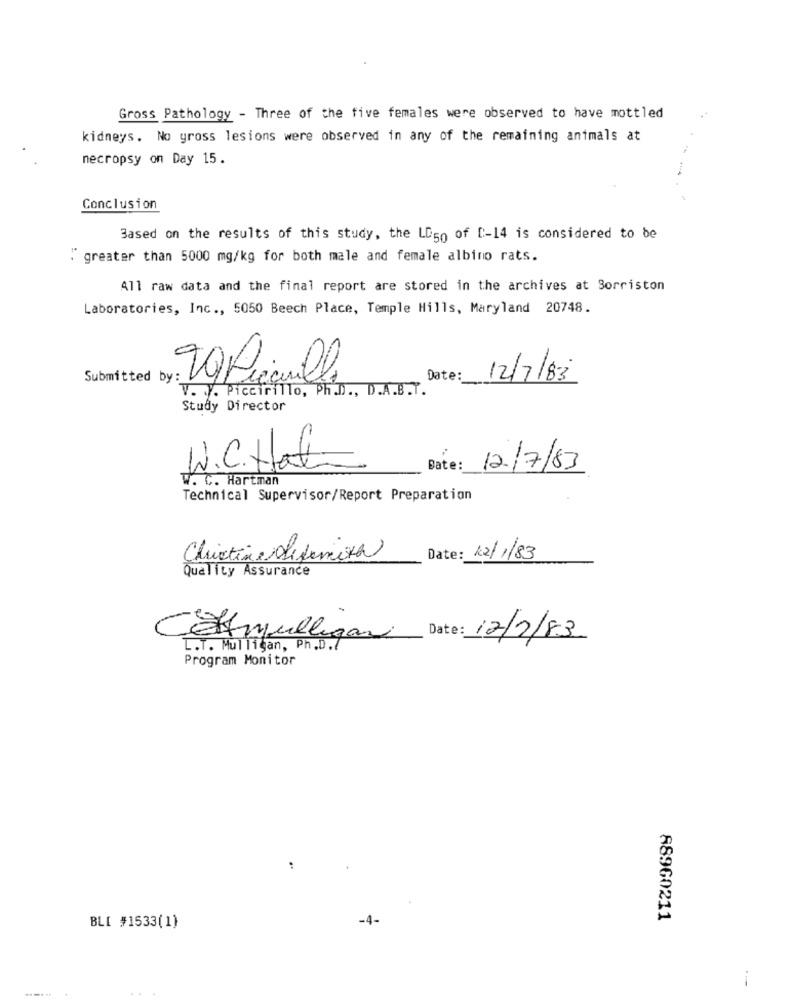
Gross Pathology - Three of the five females were observed to have mottled
kidneys. No gross lesions were observed in any of the remaining animals at
necropsy on Day 15.
Conclusion
Based on the results of this study, the LD50 of D-14 is considered to be
. greater than 5000 mg/kg for both male and female albino rats.
411 raw data and the final report are stored in the archives at Sorriston
Laboratories, Inc ., 5050 Beech Place, Temple Hills, Maryland 20748.
icarill.
Submitted by:
Date:
12/7/83
V. V. Piccirillo, Ph.D ., D.A.B.T.
Study Director
W.C.Hat-
Date :
12/7/83
W. C. Hartman
Technical Supervisor/Report Preparation
Christine difemina
Date: 12/1/83
Quality Assurance
CEAmulligan Date: 12/2/83
L.T. Mulligan, Ph.D.7
Program Monitor
-4-
88960211
BL[ #1533(1)
i